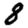
Digit: 8